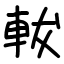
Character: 軷